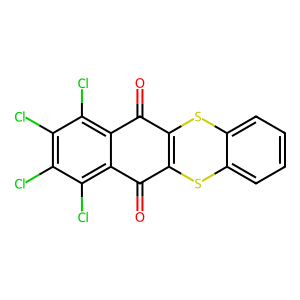
SMILES: O=c1c2sc3ccccc3sc=2c(=O)c2c(Cl)c(Cl)c(Cl)c(Cl)c12
Inhibits HIV replication: No